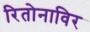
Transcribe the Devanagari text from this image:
रितोनाविर